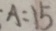
A = 1 5